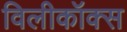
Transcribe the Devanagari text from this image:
विलीकॉक्स